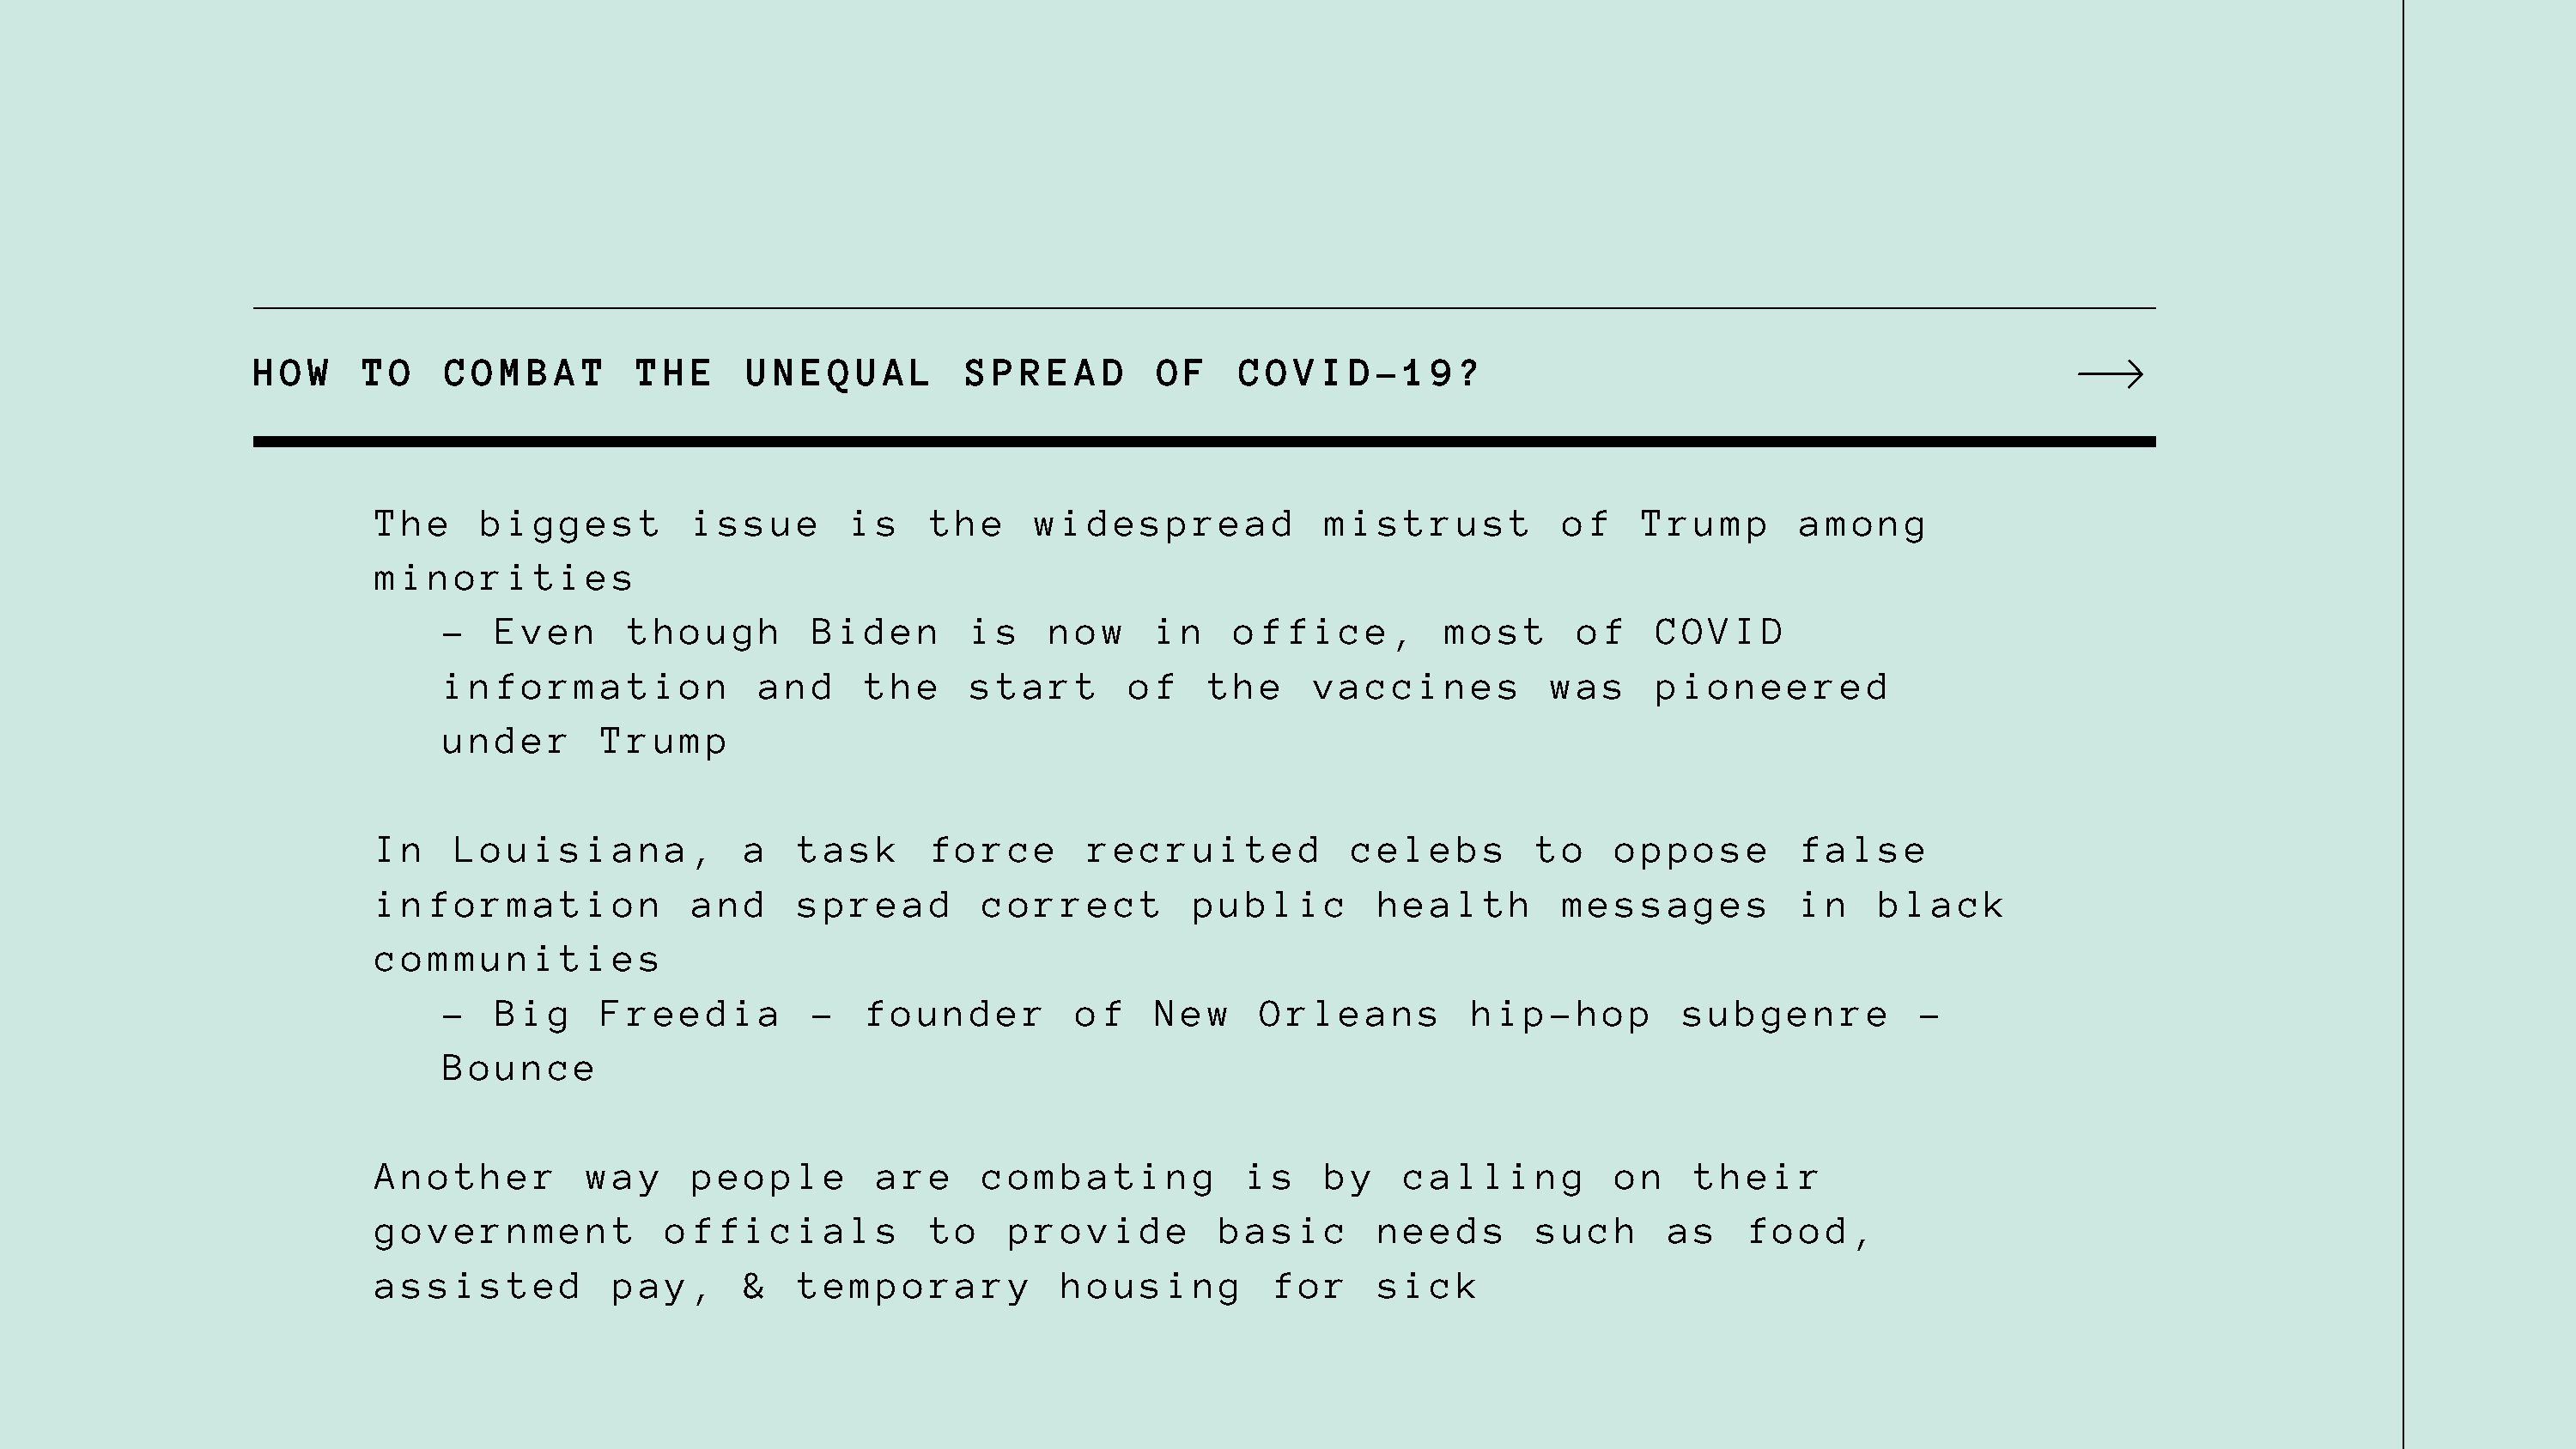
HOW     TO    COMBAT         THE      UNEQUAL         SPREAD         OF     COVID-19?
 The     biggest         issue        is    the     widespread            mistrust          of     Trump       among
 minorities
 -   Even      though         Biden       is    now     in    office,         most       of    COVID
 information              and     the     start       of    the     vaccines           was     pioneered
 under       Trump
 In    Louisiana,            a    task      force       recruited           celebs        to     oppose        false
 information             and      spread        correct         public        health        messages           in    black
 communities
 -   Big     Freedia          -   founder         of    New     Orleans         hip-hop          subgenre          -
 Bounce
 Another         way     people         are     combating           is    by    calling          on    their
 government            officials            to    provide         basic       needs       such       as    food,
 assisted          pay,      &    temporary           housing         for     sick